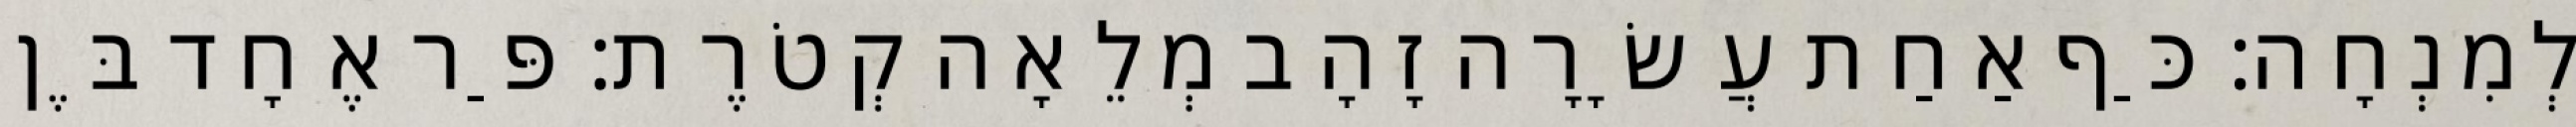
לְמִנְחָה׃ כַּף אַחַת עֲשָׂרָה זָהָב מְלֵאָה קְטֹרֶת׃ פַּר אֶחָד בֶּן